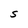
Character: S